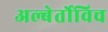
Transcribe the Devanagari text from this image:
अल्बेर्तोविच